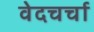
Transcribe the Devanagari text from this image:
वेदचर्चा